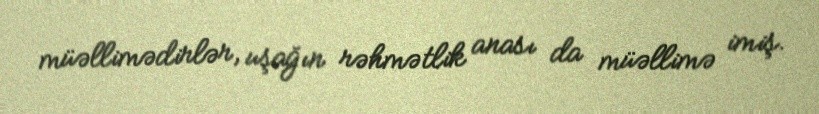
müəllimədirlər, uşağın rəhmətlik anası da müəllimə imiş.